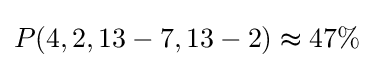
P(4,2,13-7,13-2)\thickapprox 47\%